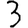
Digit: 3